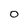
Character: 0